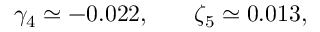
\begin{array} { r l r } { \gamma _ { 4 } \simeq - 0 . 0 2 2 , } & { { } } & { \zeta _ { 5 } \simeq 0 . 0 1 3 , } \end{array}